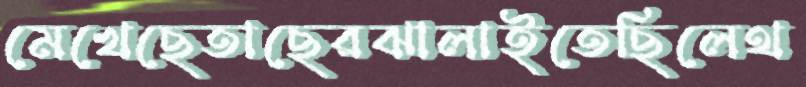
মেখেছেতাছেরঝালাইতেছিলেথ